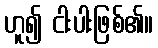
ဟူ၍ ငါးပါးဖြစ်၏။